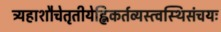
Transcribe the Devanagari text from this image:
त्र्यहाशौचेतृतीयेह्निकर्तव्यस्त्वस्थिसंचयः